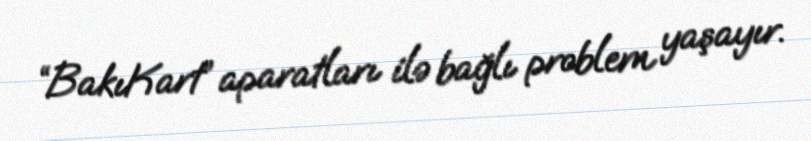
“BakıKart” aparatları ilə bağlı problem yaşayır.